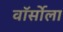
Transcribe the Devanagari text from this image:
वॉर्सोला